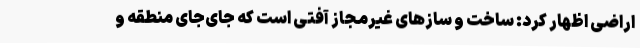
اراضی اظهار کرد: ساخت و سازهای غیرمجاز آفتی است که جای‌جای منطقه و